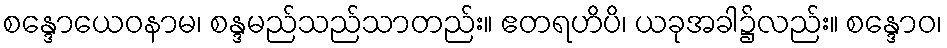
စန္ဒောယေဝနာမ၊ စန္ဒမည်သည်သာတည်း။ ဧတရဟိပိ၊ ယခုအခါ၌လည်း။ စန္ဒောဝ၊